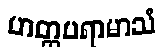
ဟတ္ထပရာမာသံ